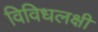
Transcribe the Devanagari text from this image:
विविधलक्षी